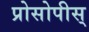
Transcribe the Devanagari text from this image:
प्रोसोपीस्